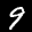
Label: 9